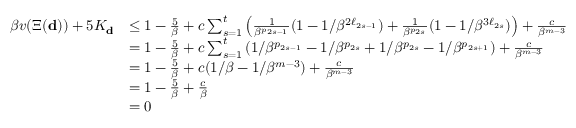
\begin{array} { r l } { \beta v ( \Xi ( \mathbf d ) ) + 5 K _ { \mathbf { d } } } & { \le 1 - \frac 5 \beta + c \sum _ { s = 1 } ^ { t } \left( \frac 1 { \beta ^ { p _ { 2 s - 1 } } } ( 1 - 1 / \beta ^ { 2 \ell _ { 2 s - 1 } } ) + \frac 1 { \beta ^ { p _ { 2 s } } } ( 1 - 1 / \beta ^ { 3 \ell _ { 2 s } } ) \right) + \frac c { \beta ^ { m - 3 } } } \\ & { = 1 - \frac 5 \beta + c \sum _ { s = 1 } ^ { t } \left( 1 / \beta ^ { p _ { 2 s - 1 } } - 1 / \beta ^ { p _ { 2 s } } + 1 / \beta ^ { p _ { 2 s } } - 1 / \beta ^ { p _ { 2 s + 1 } } \right) + \frac c { \beta ^ { m - 3 } } } \\ & { = 1 - \frac 5 \beta + c ( 1 / \beta - 1 / \beta ^ { m - 3 } ) + \frac c { \beta ^ { m - 3 } } } \\ & { = 1 - \frac 5 \beta + \frac c \beta } \\ & { = 0 } \end{array}